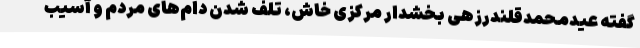
گفته عیدمحمدقلندرزهی بخشدار مرکزی خاش، تلف شدن دام‌های مردم و آسیب